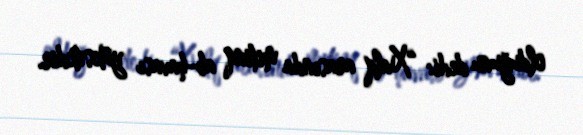
olduğunu dedi: “Xalq arasında mitinq ab-havası yüksəkdir.